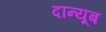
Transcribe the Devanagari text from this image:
दान्यूब